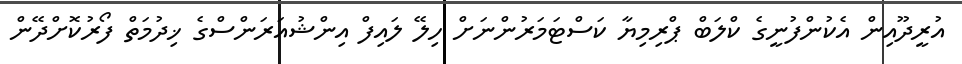
އުރީދޫއިން އެކުންފުނީގެ ކްލަބް ޕްރިމިޔާ ކަސްޓަމަރުންނަށް ހިލޭ ލައިފް އިންޝުއަރަންސްގެ ޚިދުމަތް ފޯރުކޮށްދޭން